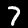
Digit: 7